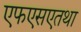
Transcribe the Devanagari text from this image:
एफएसएतथा